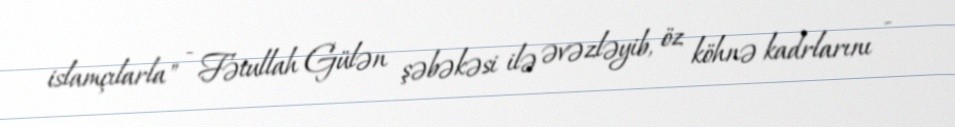
islamçılarla" - Fətullah Gülən şəbəkəsi ilə əvəzləyib, öz köhnə kadrlarını -